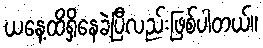
ယနေ့ထိရှိနေခဲ့ပြီလည်းဖြစ်ပါတယ်။